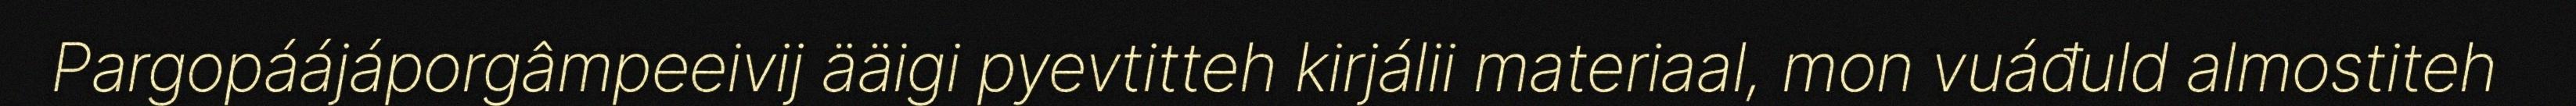
Pargopáájáporgâmpeeivij ääigi pyevtitteh kirjálii materiaal, mon vuáđuld almostiteh